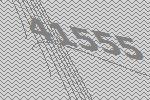
41555